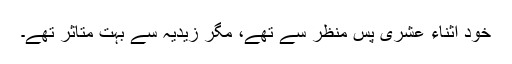
خود اثناء عشری پس منظر سے تھے، مگر زیدیہ سے بہت متاثر تھے۔